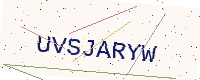
Text: UVSJARYW